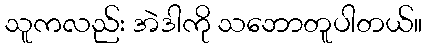
သူကလည်း အဲဒါကို သဘောတူပါတယ်။